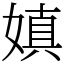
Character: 嫃